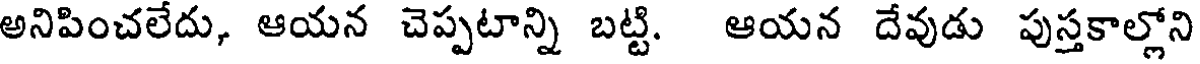
అనిపించలేదు, ఆయన చెప్పటాన్ని బట్టి. ఆయన దేవుడు పుస్తకాల్లోని